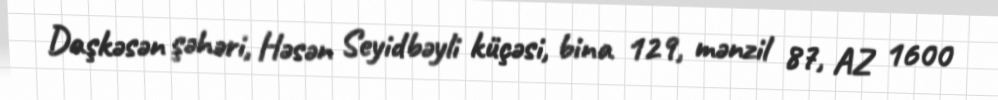
Daşkəsən şəhəri, Həsən Seyidbəyli küçəsi, bina 129, mənzil 87, AZ 1600